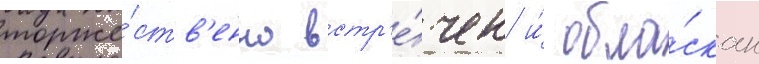
торже́ств'енно встр'е́чен и́ обла́скан